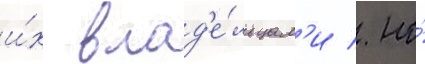
и́х влад'е́льцам'и / но́